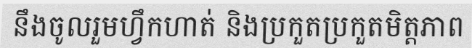
នឹងចូលរួមហ្វឹកហាត់ និងប្រកួតប្រកួតមិត្តភាព